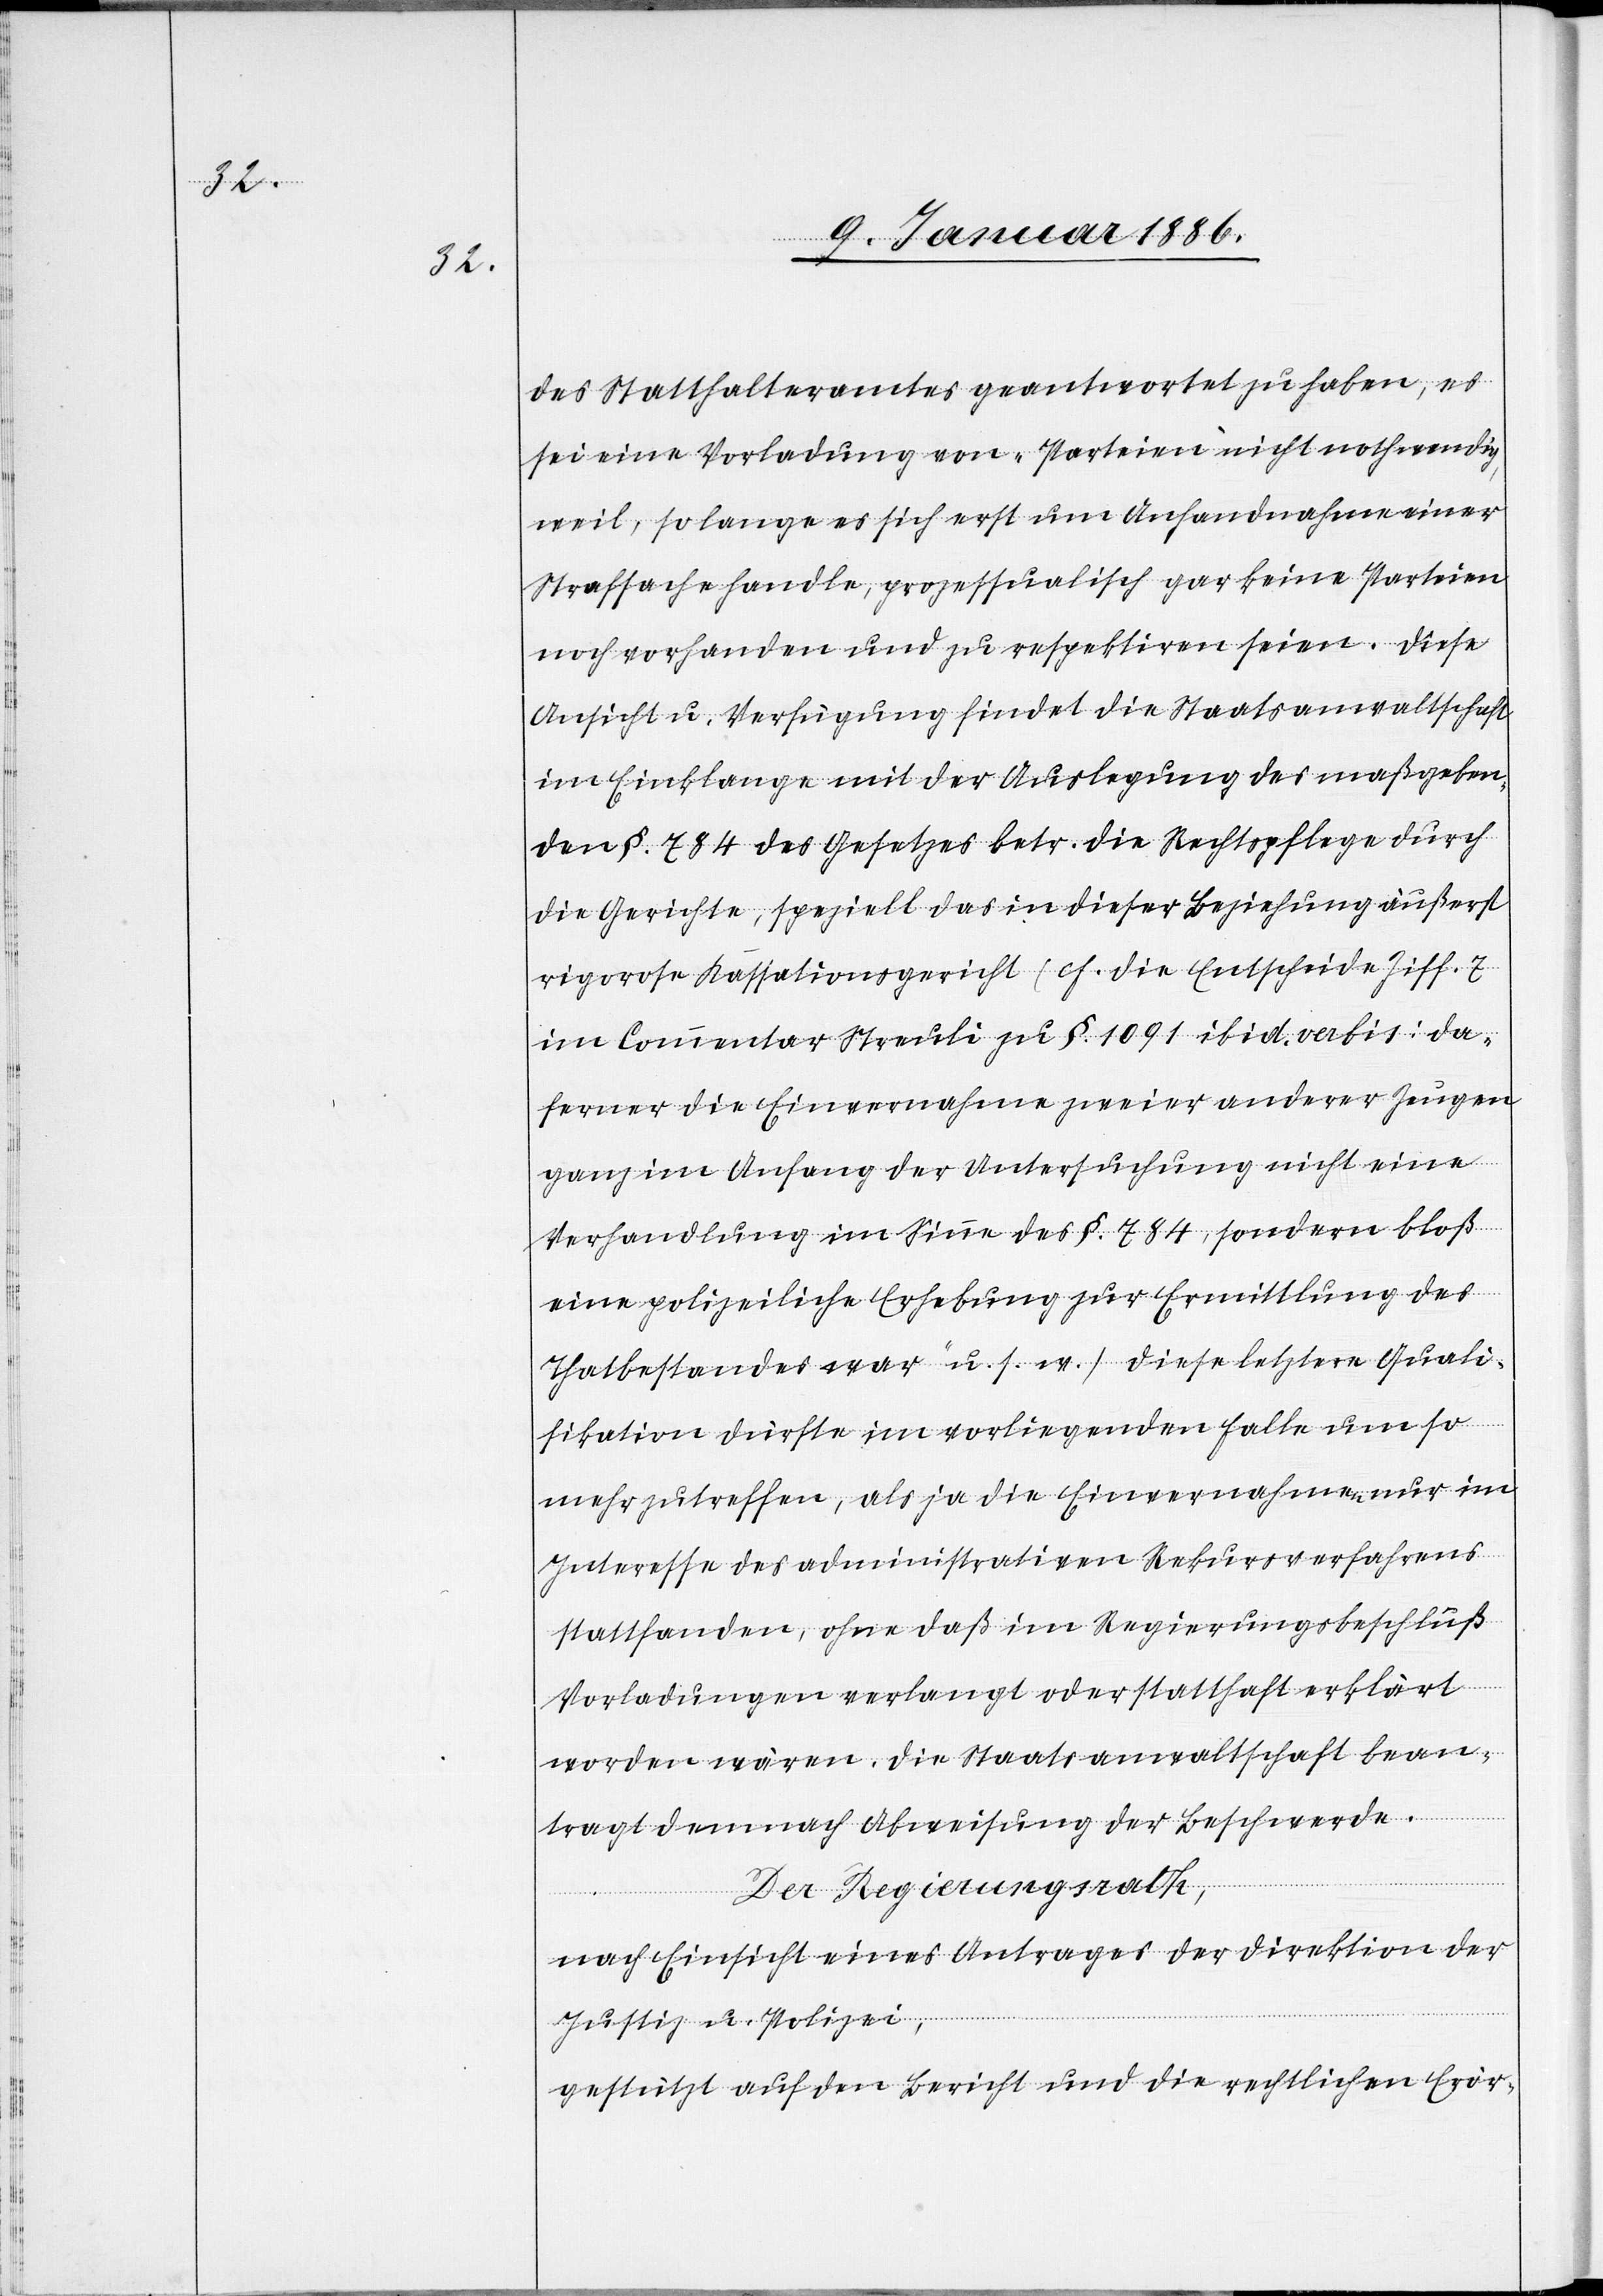
des Statthalteramtes geantwortet zu haben, es
sei eine Vorladung von „Parteien“ nicht nothwendig,
weil, so lange es sich erst um Anhandnahme einer
Strafsache handle, prozessualisch gar keine Parteien
noch vorhanden und zu respektieren seien. Diese
Ansicht u. Verfügung findet die Staatsanwaltschaft
im Einklange mit der Auslegung der maßgeben¬
den § 784 des Gesetzes betr. die Rechtspflege durch
die Gerichte, speziell das in dieser Beziehung äußerst
rigorosen Kassationsgericht (cf. die Entscheide Ziff. 7
im Commentar Streuli zu § 1091 ibid. vabis: da
„ferner die Einvernahmen zweier anderer Zeugen
ganz im Anfang der Untersuchung nicht eine
Verhandlung im Sinne des § 784, sondern bloß
eine polizeiliche Erhebung zur Ermittlung des
Thatbestandes war“ u. s. w.) diese letztere Quali¬
fikation dürfte im vorliegenden Falle um so
mehr zutreffen, als ja die Einvernahmen nur im
Interesse des administrativen Rekursverfahrens
stattfanden, ohne daß im Regierungsbeschluß
Vorladungen verlangt oder statthaft erklärt
worden wären. Die Staatsanwaltschaft bean¬
tragt demnach Abweisung der Beschwerde.
Der Regierungsrath,
nach Einsicht eines Antrages der Direktion der
Justiz- u. Polizei,
gestützt auf den Bericht und die rechtlichen Erör-